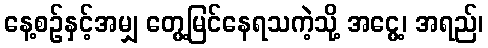
နေ့စဉ်နှင့်အမျှ တွေ့မြင်နေရသကဲ့သို့ အငွေ့၊ အရည်၊